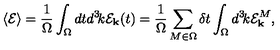
\langle { \cal E } \rangle = { \frac { 1 } { \Omega } } \int _ { \Omega } d t d ^ { 3 } \! k { \cal E } _ { \bf k } ( t ) = { \frac { 1 } { \Omega } } \sum _ { M \in \Omega } \delta t \int _ { \Omega } d ^ { 3 } \! k { \cal E } _ { \bf k } ^ { M } ,